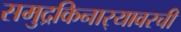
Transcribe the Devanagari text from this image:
समुद्रकिनार्‍यावरची